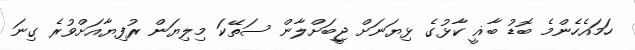
ހަމައެހެންމެ ބޮޑު ބާޣީ ކާޅުގެ ޅިޔަނަށް ޖީބަށްލާން ސަތޭކަ މިލިޔަން ރުފިޔާއަށްވުރެ ގިނަ